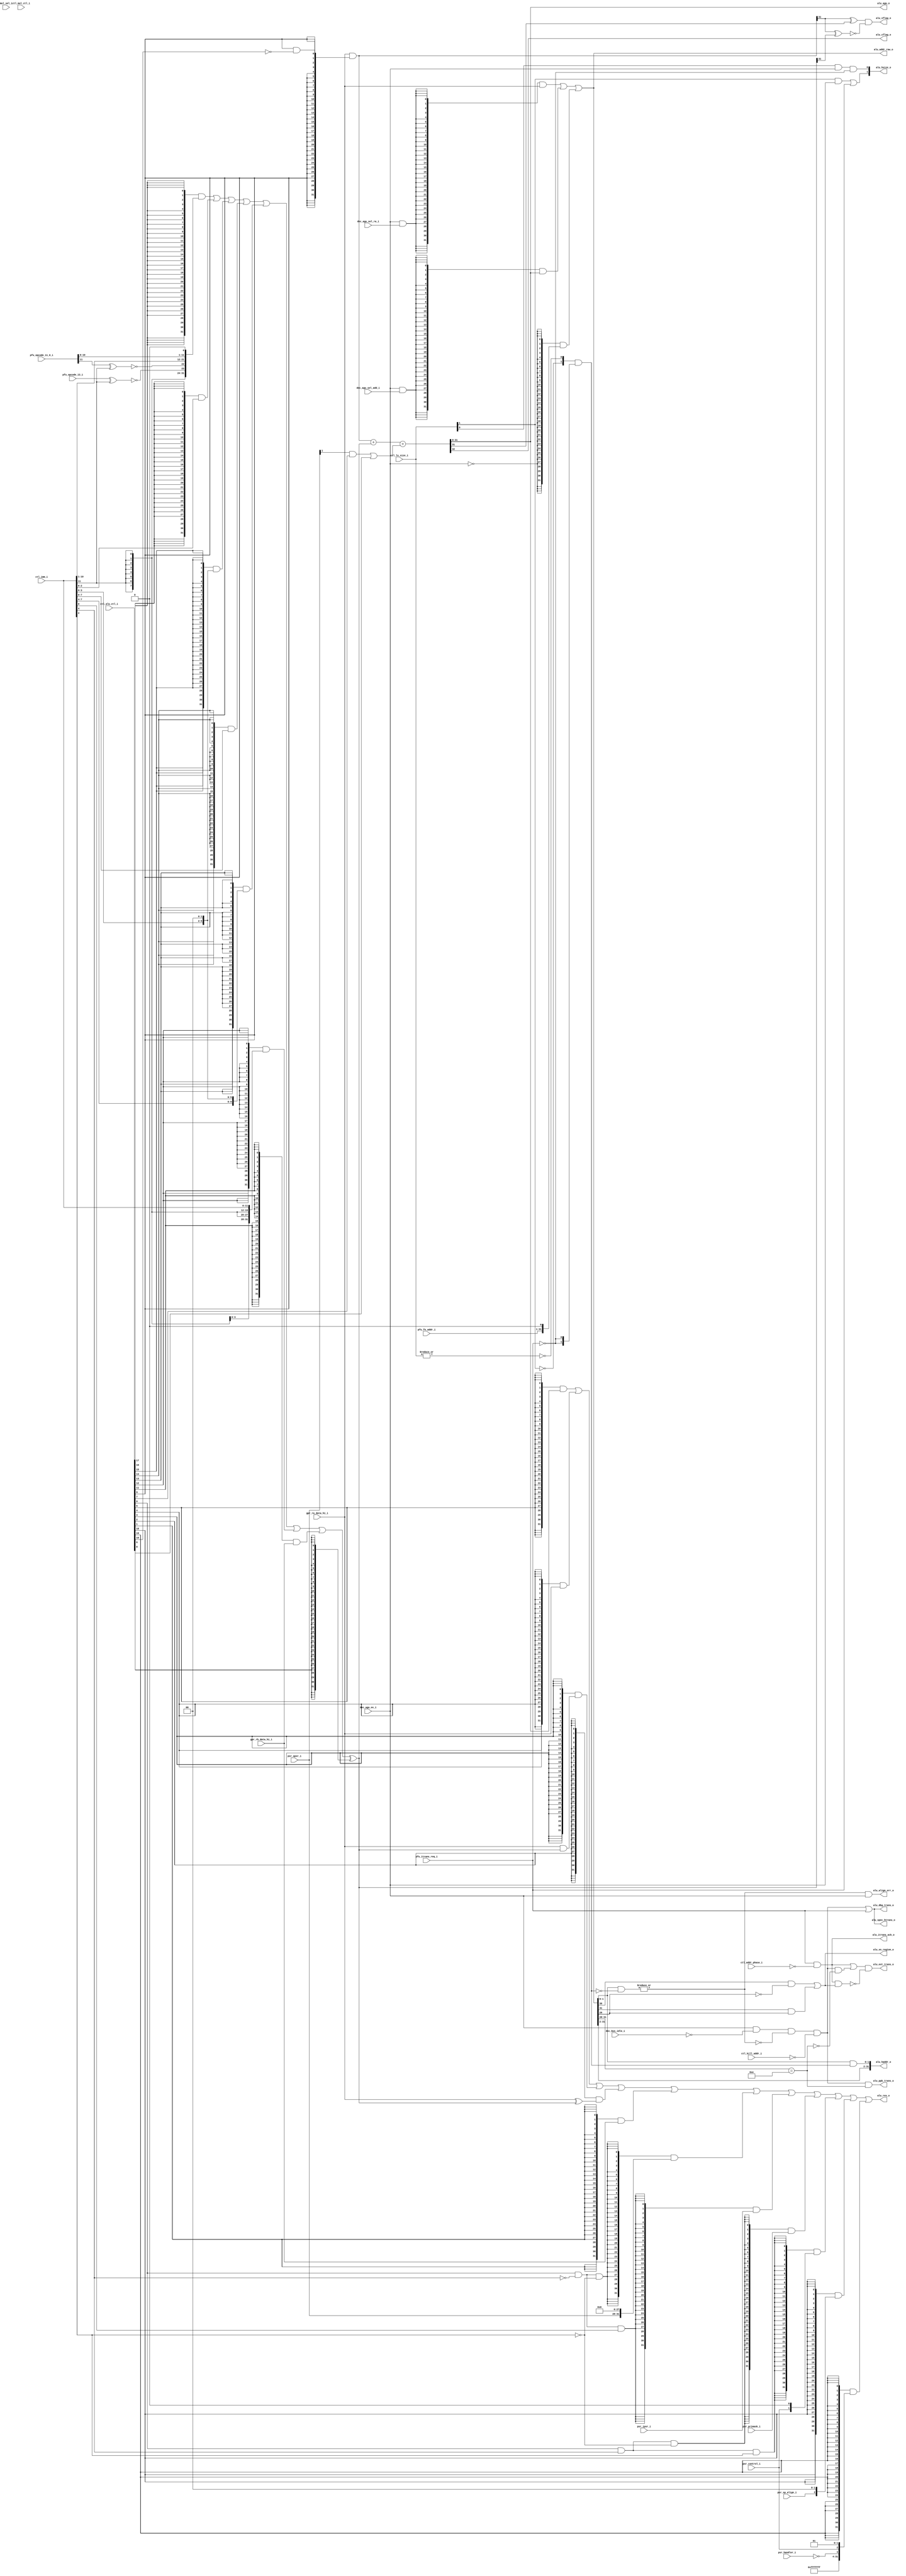
//-----------------------------------------------------------------------------
// The confidential and proprietary information contained in this file may
// only be used by a person authorised under and to the extent permitted
// by a subsisting licensing agreement from ARM Limited.
//
//            (C) COPYRIGHT 2008-2009 ARM Limited.
//                ALL RIGHTS RESERVED
//
// This entire notice must be reproduced on all copies of this file
// and copies of this file may only be made by a person if such person is
// permitted to do so under the terms of a subsisting license agreement
// from ARM Limited.
//
//      SVN Information
//
//      Checked In          : $Date: 2009-03-04 13:41:36 +0000 (Wed, 04 Mar 2009) $
//
//      Revision            : $Revision: 102736 $
//
//      Release Information : Cortex-M0-AT510-r0p0-00rel0
//-----------------------------------------------------------------------------

//-----------------------------------------------------------------------------
// CORTEX-M0 CORE ARITHMETIC LOGIC UNIT AND ADDRESS GENERATOR
//-----------------------------------------------------------------------------

module cm0_core_alu
  #(parameter CBAW = 0,
    parameter SMUL = 0)

   (output wire [31:0] alu_agu_o,         // raw adder value output
    output wire [31:0] alu_res_o,         // arithmetic/logic result
    output wire        alu_cflag_o,       // arithmetic carry-out
    output wire        alu_vflag_o,       // arithmetic overflow
    output wire [31:0] alu_haddr_o,       // AHB sanitized address
    output wire [ 1:0] alu_hsize_o,       // AHB size output
    output wire        alu_ext_trans_o,   // AHB HTRANS
    output wire        alu_ppb_trans_o,   // PPB HTRANS
    output wire        alu_spec_htrans_o, // speculative HTRANS
    output wire [31:0] alu_addr_raw_o,    // raw address output
    output wire        alu_align_err_o,   // address has alignment error
    output wire        alu_xn_region_o,   // addr matches execute-never region
    output wire        alu_dbg_trans_o,   // transaction valid for watchpoint
    output wire        alu_itrans_ack_o,  // transaction is on behalf of PFU

    input  wire [19:0] ctl_alu_ctl_i,     // data-path control
    input  wire [11:0] ctl_imm_i,         // immediate value from decode
    input  wire [ 1:0] ctl_ls_size_i,     // load/store size
    input  wire        ctl_addr_phase_i,  // data load/store address cycle
    input  wire        ctl_kill_addr_i,   // kill address phase (last faulted)
    input  wire        ctl_mul_ctl_i,     // small-multiplier control
    input  wire        dec_agu_ex_i,      // use ALU as address-generation-unit
    input  wire        dec_agu_sel_ra_i,  // select read-port A as address
    input  wire        dec_agu_sel_add_i, // select adder result as address
    input  wire        dec_bus_idle_i,    // force bus to idle (idle/fault/IRQ)
    input  wire [31:0] gpr_ra_data_hi_i,  // read-port A register value
    input  wire [31:0] gpr_rb_data_hi_i,  // read-port B register value
    input  wire        mul_sel_i,         // single bit of multiplicand
    input  wire [30:0] pfu_fe_addr_i,     // fetch-address from prefetch-unit
    input  wire        pfu_opcode_13_i,   // bit[13] of opcode (used for BL)
    input  wire [11:0] pfu_opcode_11_0_i, // bit[11:0] of opcode (used for BL)
    input  wire        pfu_itrans_req_i,  // PFU transaction request
    input  wire [ 3:0] psr_apsr_i,        // architectural APSR
    input  wire [ 5:0] psr_ipsr_i,        // architectural IPSR
    input  wire        psr_primask_i,     // architectural PRIMASK
    input  wire        psr_control_i,     // architectural CONTROL
    input  wire        psr_sp_align_i,    // stack-alignment bit
    input  wire        psr_handler_i);    // IPSR maps to Handler Mode

   // ------------------------------------------------------------
   // Configurability
   // ------------------------------------------------------------

   wire        cfg_smul = (CBAW == 0) ? (SMUL != 0) : 1'bZ;

   // ------------------------------------------------------------
   // Mask inputs based upon configuration
   // ------------------------------------------------------------

   wire        mul_ctl  = cfg_smul ? ctl_mul_ctl_i : 1'b0;
   wire        mul_sel  = cfg_smul ? mul_sel_i     : 1'b0;

   // --------------------------------------------------------
   // Overview of control field : ctl_alu_ctl_i[19:0]
   // --------------------------------------------------------

   // source of secondary input value:

   //     [17] - select BL immediate for second operand
   //     [16] - select unshifted 4-bit immediate for 2nd operand
   //     [15] - select shifted 5-bit immediate for 2nd operand
   //     [14] - select unshifted 8-bit immediate for 2nd operand
   //     [13] - select shifted 8-bit immediate for 2nd operand
   //     [12] - select unshifted 12-bit immediate for 2nd operand
   //     [11] - select read-port B register value for 2nd operand

   // primary input value conditioning:

   //     [10] - mask bit[2] to generate 64-bit aligned value
   //     [ 9] - mask value to zero for RSBS and MVN

   // secondary input value conditioning:

   //     [ 8] - invert value of second operand

   // adder carry-input selection:

   //     [ 7] - select APSR carry-flag
   //     [ 6] - force carry-input to one, e.g. for SUB

   // output multiplexor selection:

   //     [ 5] - select adder output       \ overridden by small
   //     [ 4] - select read-port A value  / multiplier control
   //     [ 3] - select logical AND operation
   //     [ 2] - select logical exclusive-OR operation
   //     [ 1] - select read-port B value - combined with A for ORR
   //     [ 0] - select special register base on ctl_imm value

   // ------------------------------------------------------------
   // Derive operand B from register or shifted immediate operand
   // ------------------------------------------------------------

   // the DE-EX immediate fields can encode a number of different
   // values for various instructions; decode has already
   // performed any required shift by one, here we also optionally
   // perform a shift by two

   wire [31:0] imm3_0  = { {29{1'b0}}, ctl_imm_i[2:0] };
   wire [31:0] imm4_2  = { {26{1'b0}}, ctl_imm_i[3:0], 2'b00 };
   wire [31:0] imm8_0  = { {24{1'b0}}, ctl_imm_i[7:0] };
   wire [31:0] imm8_2  = { {22{1'b0}}, ctl_imm_i[7:0], 2'b00 };
   wire [31:0] imm12_0 = { {20{ctl_imm_i[11]}}, ctl_imm_i[11:0] };

   // compute signed 24-bit immediate for 32-bit branch-with-link
   // instruction using both execute immediate and decode fields

   wire [31:0] imm_bl  =
               { {8{ctl_imm_i[11]}},                       // S
                 ~(pfu_opcode_13_i ^ ctl_imm_i[11]),       // I1
                 ~(pfu_opcode_11_0_i[11] ^ ctl_imm_i[11]), // I2
                 ctl_imm_i[10:1],                          // imm10
                 pfu_opcode_11_0_i[10:0],                  // imm11
                 1'b0 };                                   // '0'

   // select operand B from either the branch-with-link, one
   // of the shifted immediates, or the raw register-file value

   wire [31:0] opb     =
               ( {32{ctl_alu_ctl_i[17]}} & imm_bl    |
                 {32{ctl_alu_ctl_i[16]}} & imm3_0    |
                 {32{ctl_alu_ctl_i[15]}} & imm4_2    |
                 {32{ctl_alu_ctl_i[14]}} & imm8_0    |
                 {32{ctl_alu_ctl_i[13]}} & imm8_2    |
                 {32{ctl_alu_ctl_i[12]}} & imm12_0   |
                 {32{ctl_alu_ctl_i[11]}} & gpr_rb_data_hi_i );

   // ------------------------------------------------------------
   // Perform operand conditioning and addition
   // ------------------------------------------------------------

   // operand A can either be presented as the raw register value,
   // or masked to zero for unary negate style operations, or have
   // bit [2] cleared in order to perform AEABI stack alignment
   // for exception stacking

   wire [31:0] add_msk = { {29{ctl_alu_ctl_i[9]}},
                           ctl_alu_ctl_i[9] & ~ctl_alu_ctl_i[10],
                           {2{ctl_alu_ctl_i[9]}} };

   wire [31:0] add_opa = gpr_ra_data_hi_i & add_msk;

   // operand B may be presented as the raw operand value, or
   // negated for subtraction and other invert style operations

   wire [31:0] add_opb = opb ^ {32{ctl_alu_ctl_i[8]}};

   // carry in can be either the true APSR C-flag for ADC/SBC,
   // or forced to one/zero for add/subtract respectively

   wire        psr_cflag = psr_apsr_i[1];

   wire        add_cin = (psr_cflag & ctl_alu_ctl_i[7]) | ctl_alu_ctl_i[6];

   // perform 32+32->33 bit addition

`ifdef ARM_CM0_X_DECODER
   // implement less X-pessimistic addition when testing using
   // the X generating pre-minimised decoder for validation
   wire [31:0] add_opax = {add_opa[31:1], (add_opb[0] | add_cin) & add_opa[0]};
   wire [32:0] add_resx = add_opax + add_opb + add_cin;
   wire [32:0] add_res  = {add_resx[32:1],
                           (add_opb[0] | add_cin) ? add_resx[0] : add_opa[0]};
`else
   wire [32:0] add_res = add_opa + add_opb + add_cin;
`endif

   // compute signed arithmetic overflow if the sign of the
   // result is different from the sign of the primary operand
   // and the sign of the operands were not also different

   wire        ops_diff = add_opa[31] ^ add_opb[31];
   wire        res_diff = add_opa[31] ^ add_res[31];
   wire        overflow = res_diff & ~ops_diff;

   // ------------------------------------------------------------
   // Generate control for MRS
   // ------------------------------------------------------------

   // the 32-bit MRS instruction encodes part of its operation
   // into the immediate field, we extract this information here
   // to determine whether the APSR, IPSR, PRIMASK or CONTROL
   // values are being read

   wire        i_psr_en = ctl_alu_ctl_i[0] & ~ctl_imm_i[4] &  ctl_imm_i[0];
   wire        pmask_en = ctl_alu_ctl_i[0] &  ctl_imm_i[4] & ~ctl_imm_i[2];
   wire        a_psr_en = ctl_alu_ctl_i[0] & ~ctl_imm_i[4] & ~ctl_imm_i[2];
   wire        cntrl_en = ctl_alu_ctl_i[0] &  ctl_imm_i[4] &  ctl_imm_i[2];

   // ------------------------------------------------------------
   // Generate output value for stack alignment restoration
   // ------------------------------------------------------------

   // on return from an exception, we must restore any
   // mis-alignment that was present on the stack pointer

   wire [31:0] stk_align = { {29{1'b0}}, psr_sp_align_i, {2{1'b0}} };

   // ------------------------------------------------------------
   // Generate output value for EXC_RETURN
   // ------------------------------------------------------------

   // the EXC_RETURN value in ARMv6-M can assume one of three
   // possible values:
   //
   //   0xFFFFFFF1 - entry to Handler from Handler
   //   0xFFFFFFF9 - entry to Handler from Thread using MSP
   //   0xFFFFFFFD - entry to Handler from Thread using PSP

   wire [31:0] exc_ret = { {28{1'b1}},     // 31: 4
                           ~psr_handler_i, //     3
                           psr_control_i,  //     2
                           2'b01};         //  1: 0

   // ------------------------------------------------------------
   // Factor small multiplier into mux terms
   // ------------------------------------------------------------

   // when implemented with the small multiplier, the selection
   // logic for input operand vs adder result needs overriding
   // during a MULS instruction based upon the current multiplier
   // bit value; note that this logic is only used during the
   // final cycle, and results in a 32-cycle multiply rather
   // than the 33-cycles required had only the AGU selection
   // path been instrumented

   wire        sel_add_smul = ctl_alu_ctl_i[5] | mul_ctl & mul_sel;
   wire        sel_add_fmul = ctl_alu_ctl_i[5];
   wire        sel_add      = cfg_smul ? sel_add_smul : sel_add_fmul;

   wire        sel_opa_smul = ctl_alu_ctl_i[4] | mul_ctl & ~mul_sel;
   wire        sel_opa_fmul = ctl_alu_ctl_i[4];
   wire        sel_opa      = cfg_smul ? sel_opa_smul : sel_opa_fmul;

   // ------------------------------------------------------------
   // Perform output muxing and logical operations
   // ------------------------------------------------------------

   // generate bitwise operation results

   wire [31:0] alu_and = gpr_ra_data_hi_i & add_opb;
   wire [31:0] alu_eor = gpr_ra_data_hi_i ^ add_opb;

   // ADD - use AU
   // SUB - use AU
   // AND - dedicated AND logic (below)
   // EOR - dedicated XOR logic (below)
   // ORR - merged into result mux, 2 select bits high
   // BIC - dedicated AND logic (B inverted)
   // MOV - reg on B, 0 on A
   // NEG - 0 on A, B inverted, c_in - 1
   // MVN - reg on B (inverted), 0 on A

   wire [31:0] alu_res =
               ( {32{sel_add}} & add_res[31:0]                    |
                 {32{sel_opa}} & gpr_ra_data_hi_i                 |
                 {32{ctl_alu_ctl_i[3]}} & alu_and                 |
                 {32{ctl_alu_ctl_i[2]}} & alu_eor                 |
                 {32{ctl_alu_ctl_i[1]}} & gpr_rb_data_hi_i        |
                 {32{a_psr_en}} & {psr_apsr_i,{28{1'b0}}}         |
                 {32{i_psr_en}} & {{26{1'b0}},psr_ipsr_i}         |
                 {32{pmask_en}} & {{31{1'b0}},psr_primask_i}      |
                 {32{cntrl_en}} & {{30{1'b0}},psr_control_i,1'b0} |
                 {32{ctl_alu_ctl_i[18]}} & stk_align              |
                 {32{ctl_alu_ctl_i[19]}} & exc_ret                );

   // ------------------------------------------------------------
   // Generate internal non-masked address
   // ------------------------------------------------------------

   // the AGU result can be selected from either the result of
   // the adder, directly from the read-port input, or from the
   // prefetch unit; for the small multiplier implementation,
   // the same logic is reused to select either the pre or post
   // addition value depending on whether the current bit of the
   // multiplier is zero or one respectively

   wire        mul_sel_ra   = mul_ctl & ~mul_sel | dec_agu_sel_ra_i;
   wire        mul_sel_agu  = mul_ctl &  mul_sel | dec_agu_sel_add_i;

   wire        addr_sel_ra  = cfg_smul ? mul_sel_ra  : dec_agu_sel_ra_i;
   wire        addr_sel_agu = cfg_smul ? mul_sel_agu : dec_agu_sel_add_i;

   wire [31:0] addr_raw  =
               ( {32{dec_agu_ex_i & addr_sel_ra}}  & gpr_ra_data_hi_i[31:0] |
                 {32{dec_agu_ex_i & addr_sel_agu}} & add_res[31:0] |
                 {32{~dec_agu_ex_i}} & {pfu_fe_addr_i[30:0], 1'b0}  );

   // ------------------------------------------------------------
   // Generate final AHB address and size
   // ------------------------------------------------------------

   // have selected a value for the AGU, AMBA3 AHB-Lite requires
   // that this address always be aligned to the size of the
   // transaction (even if no transaction is actually be
   // performed); to do this, the load/store size is used to
   // create a mask

   // instruction fetches are always word sized, and the
   // instruction address must have the bottom two bits masked;
   // it is important to note that whilst itrans will not be set
   // at the sametime as a true load or store, the same does not
   // hold true during atomic exception handling, however,
   // all exception PUSH/POPs are word aligned anyway

   wire [ 1:0] addr_mask  = { ~ctl_ls_size_i[1],
                              ~(|ctl_ls_size_i[1:0]) } &
                              {2{~pfu_itrans_req_i}};

   wire [31:0] addr_ahb   = { addr_raw[31:2],
                              addr_raw[1:0] & addr_mask };

   wire [ 1:0] hsize      =
               {(ctl_ls_size_i[1] & dec_agu_ex_i) |  pfu_itrans_req_i,
                (ctl_ls_size_i[0] & dec_agu_ex_i) & ~pfu_itrans_req_i };

   // ARMv6-M requires that all unaligned load/stores (that is
   // any where the address is not a multiple of the size),
   // should be synchronously faulted; reuse the mask value
   // already created for AHB compliance to check the premasked
   // least-significant address lines; addr_err reports back to
   // cm0_core_ctl to allow fault injection

   wire        addr_ua    = |(addr_raw[1:0] & ~addr_mask);
   wire        addr_err   = addr_ua & dec_agu_ex_i;

   // determine whether, as a result of all the checks, a valid
   // D-side transaction should be performed:

   //   dec_agu_ex_i    : indicates that a transaction was requested
   //   ~dec_bus_idle_i  : indicates not suppressed by the decoder
   //   ~addr_ua     : indicates didn't alignment fault
   //   ~ctl_kill_addr_i : indicates not part of an aborted burst

   wire        dvalid_tx  = ( dec_agu_ex_i & ~dec_bus_idle_i &
                              ~addr_ua & ~ctl_kill_addr_i );

   // determine whether an instruction fetch is being requested
   // that should not be presented as a result of falling into
   // the architecturally defined execute never (XN) regions
   // between 0x40000000-0x5FFFFFFF and 0xA0000000-0xFFFFFFFF

   // for instruction flow changes, e.g. branches, loads to the PC,
   // vector fetches and the like, it is permissible for dvalid_tx
   // and itrans_i to be simultaneously set, however, ctl_addr_phase_i
   // is never set for an instruction fetch

   wire        xn_region  = ( (addr_raw[30] & ~addr_raw[29]) |
                              (addr_raw[31] &  addr_raw[29]) );

   wire        itrans    = pfu_itrans_req_i & ~ctl_addr_phase_i;

   wire        xn_itrans = itrans & xn_region;

   // the core is responsible for its own decoding as to whether
   // a transaction should be presented to the external AHB, or
   // on the internal private-peripheral bus (PPB) based upon
   // whether the address is below, or above 0xE0000000 respectively

   // whilst all instruction transactions to the PPB are ignored
   // by the cm0_matrix, XN instruction transactions to AHB
   // must be killed here

   wire        addr_ppb   = addr_raw[31:28] == 4'hE;

   wire        dtrans_ext = dvalid_tx & ~addr_ppb;

   wire        htrans_ext = (itrans | dtrans_ext) & ~xn_itrans;
   wire        htrans_ppb = dvalid_tx & addr_ppb;

   // to facilitate higher-frequency of operation, a speculative
   // transaction signal is exported that may be used both
   // externally and by the PPB debug peripherals, it does not
   // contain information as to whether the transaction was
   // routed to PPB vs AHB, nor does it include cancellation
   // due to XN instruction fetch

   wire        spec_htrans = dvalid_tx | pfu_itrans_req_i;
   wire        wpt_trans   = spec_htrans;

   // ------------------------------------------------------------
   // Assign outputs
   // ------------------------------------------------------------

   assign      alu_spec_htrans_o = spec_htrans;
   assign      alu_cflag_o       = add_res[32];
   assign      alu_vflag_o       = overflow;
   assign      alu_agu_o         = add_res[31:0];
   assign      alu_res_o         = alu_res;
   assign      alu_haddr_o       = addr_ahb;
   assign      alu_addr_raw_o    = addr_raw;
   assign      alu_ext_trans_o   = htrans_ext;
   assign      alu_ppb_trans_o   = htrans_ppb;
   assign      alu_hsize_o       = hsize;
   assign      alu_align_err_o   = addr_err;
   assign      alu_xn_region_o   = xn_region;
   assign      alu_dbg_trans_o   = wpt_trans;
   assign      alu_itrans_ack_o  = itrans;

   // ------------------------------------------------------------

endmodule // cm0_core_alu

//-----------------------------------------------------------------------------
// EOF
//-----------------------------------------------------------------------------